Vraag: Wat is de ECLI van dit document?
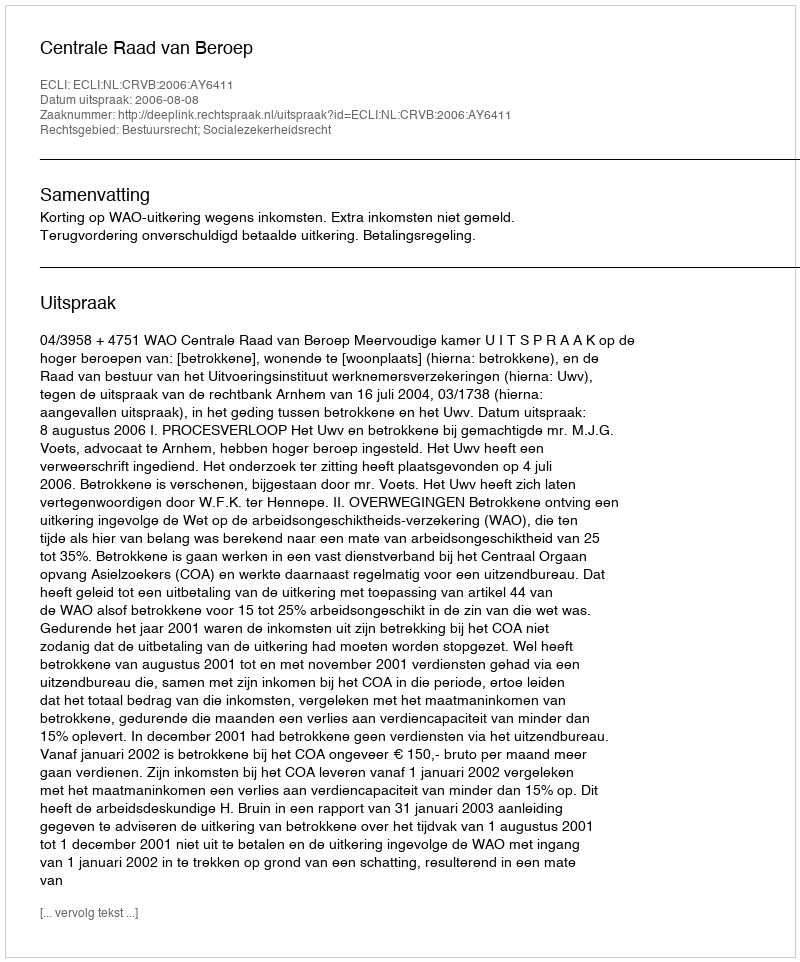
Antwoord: ECLI:NL:CRVB:2006:AY6411